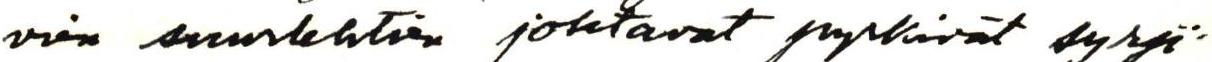
vien suurlehtien johtavat pyrkivät syrji-